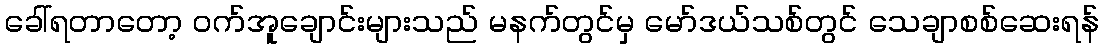
ခေါ်ရတာတော့ ဝက်အူချောင်းများသည် မနက်တွင်မှ မော်ဒယ်သစ်တွင် သေချာစစ်ဆေးရန်